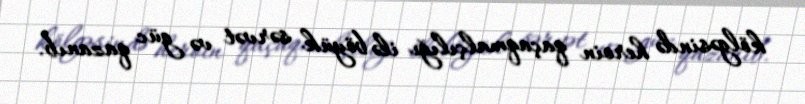
kölgəsində heroin qaçaqmalçılığı ilə böyük sərvət və güc qazanıb.